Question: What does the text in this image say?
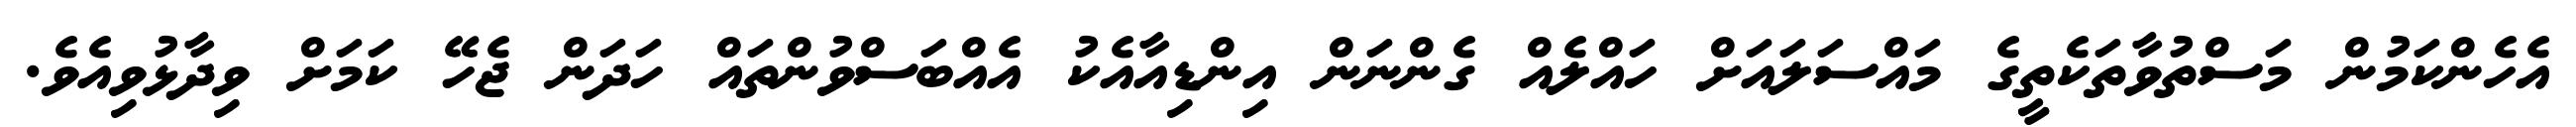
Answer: އެހެންކަމުން މަސްތުވާތަކެތީގެ މައްސަލައަށް ހައްލެއް ގެންނަން އިންޑިއާއެކު އެއްބަސްވުންތައް ހަދަން ޖެހޭ ކަމަށް ވިދާޅުވިއެވެ.